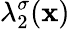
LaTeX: \lambda_{2}^{\sigma}(\mathbf{x})